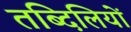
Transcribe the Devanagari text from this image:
तब्दिलियों